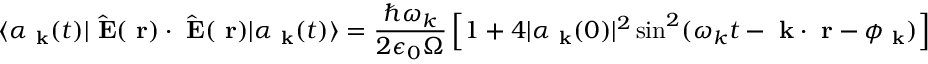
\langle \alpha _ { \mathrm { \bf ~ k } } ( t ) | \hat { \mathrm { \bf ~ E } } ( \mathrm { \bf ~ r } ) \cdot \hat { \mathrm { \bf ~ E } } ( \mathrm { \bf ~ r } ) | \alpha _ { \mathrm { \bf ~ k } } ( t ) \rangle = \frac { \hbar \omega _ { k } } { 2 \epsilon _ { 0 } \Omega } \left[ 1 + 4 | \alpha _ { \mathrm { \bf ~ k } } ( 0 ) | ^ { 2 } \sin ^ { 2 } ( \omega _ { k } t - \mathrm { \bf ~ k } \cdot \mathrm { \bf ~ r } - \phi _ { \mathrm { \bf ~ k } } ) \right]